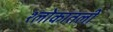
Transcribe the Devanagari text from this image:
श्लोकातली